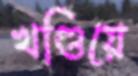
খণ্ডিয়ে